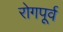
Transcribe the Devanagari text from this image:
रोगपूर्व